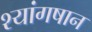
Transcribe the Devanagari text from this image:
श्यांगषान